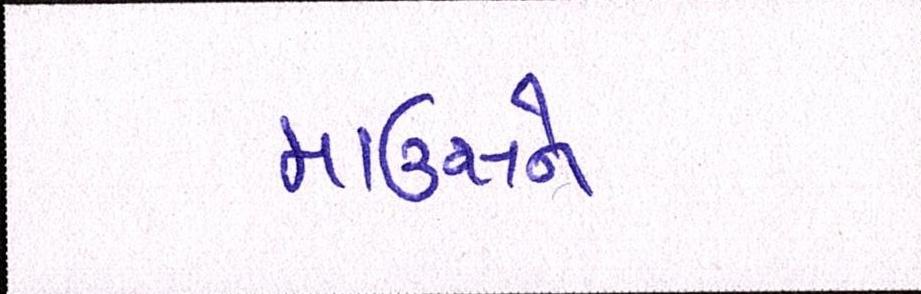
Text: માઉસને